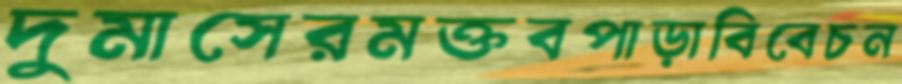
দুমাসেরমক্তবপাড়াবিবেচন